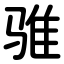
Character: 骓